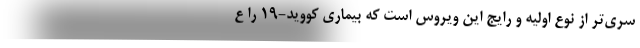
ُسری‌تر از نوع اولیه و رایج این ویروس است که بیماری کووید-۱۹ را ع